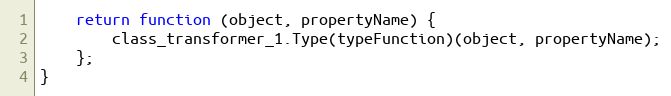
Language: JavaScript
    return function (object, propertyName) {
        class_transformer_1.Type(typeFunction)(object, propertyName);
    };
}